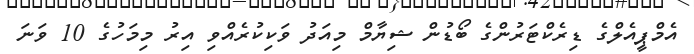
އެމްޕީއެލްގެ ޑިރެކްޓަރުންގެ ބޯޑުން ޝިޔާމް މިއަދު ވަކިކުރެއްވި އިރު މިމަހުގެ 10 ވަނަ